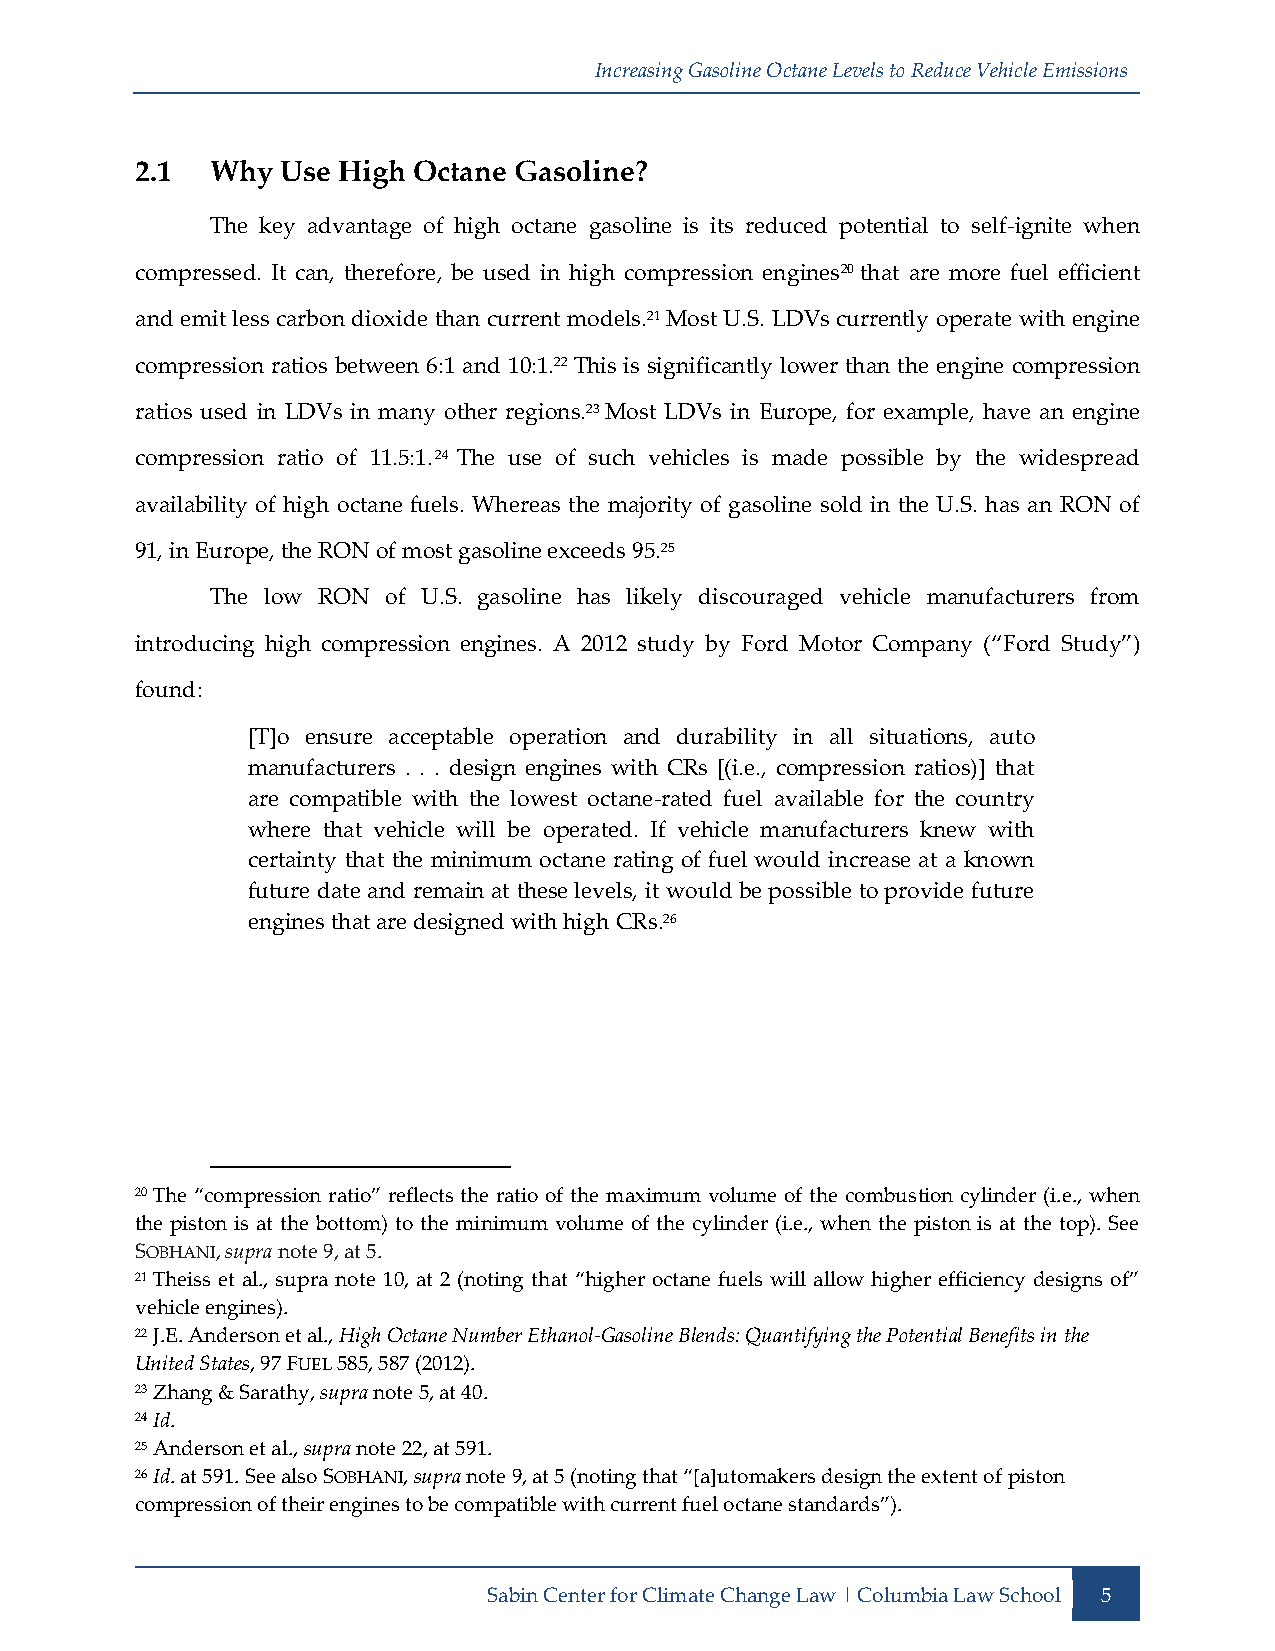
Increasing Gasoline Octane Levels to Reduce Vehicle Emissions
 2.1  Why  Use High Octane Gasoline?
 The key advantage of high octane gasoline is its reduced potential to self-ignite when
 compressed. It can, therefore, be used in high compression engines20 that are more fuel efficient
 and emit less carbon dioxide than current models.21 Most U.S. LDVs currently operate with engine
 compression ratios between 6:1 and 10:1.22 This is significantly lower than the engine compression
 ratios used in LDVs in many other regions.23 Most LDVs in Europe, for example, have an engine
 compression ratio of 11.5:1.24 The use of such vehicles is made possible by the widespread
 availability of high octane fuels. Whereas the majority of gasoline sold in the U.S. has an RON of
 91, in Europe, the RON of most gasoline exceeds 95.25
 The low RON of U.S. gasoline has likely discouraged vehicle manufacturers from
 introducing high compression engines. A 2012 study by Ford Motor Company (“Ford Study”)
 found:
 [T]o ensure acceptable operation and durability in all situations, auto
 manufacturers . . . design engines with CRs [(i.e., compression ratios)] that
 are compatible with the lowest octane-rated fuel available for the country
 where that vehicle will be operated. If vehicle manufacturers knew with
 certainty that the minimum octane rating of fuel would increase at a known
 future date and remain at these levels, it would be possible to provide future
 engines that are designed with high CRs.26
 20 The “compression ratio” reflects the ratio of the maximum volume of the combustion cylinder (i.e., when
 the piston is at the bottom) to the minimum volume of the cylinder (i.e., when the piston is at the top). See
 SOBHANI, supra note 9, at 5.
 21 Theiss et al., supra note 10, at 2 (noting that “higher octane fuels will allow higher efficiency designs of”
 vehicle engines).
 22 J.E. Anderson et al., High Octane Number Ethanol-Gasoline Blends: Quantifying the Potential Benefits in the
 United States, 97 FUEL 585, 587 (2012).
 23 Zhang & Sarathy, supra note 5, at 40.
 24 Id.
 25 Anderson et al., supra note 22, at 591.
 26 Id. at 591. See also SOBHANI, supra note 9, at 5 (noting that “[a]utomakers design the extent of piston
 compression of their engines to be compatible with current fuel octane standards”).
 Sabin Center for Climate Change Law | Columbia Law School 5